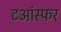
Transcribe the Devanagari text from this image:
टआंस्फर